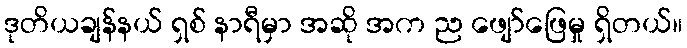
ဒုတိယချန်နယ် ရှစ် နာရီမှာ အဆို အက ည ဖျော်ဖြေမှု ရှိတယ်။